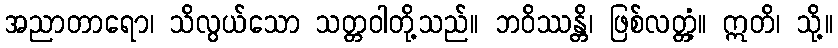
အညာတာရော၊ သိလွယ်သော သတ္တဝါတို့သည်။ ဘဝိဿန္တိ၊ ဖြစ်လတ္တံ့။ ဣတိ၊ သို့။